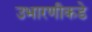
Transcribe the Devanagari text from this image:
उभारणीकडे